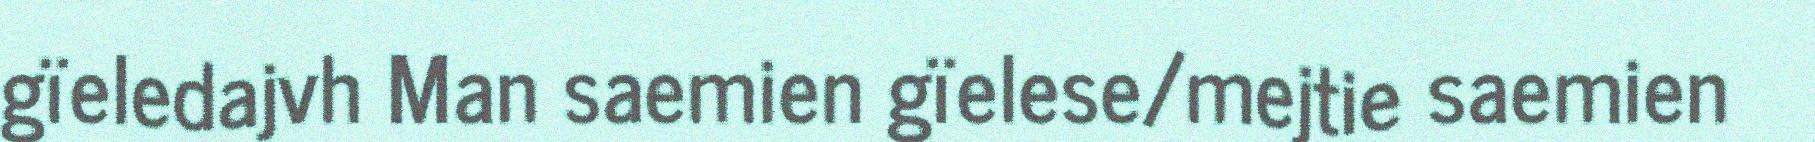
gïeledajvh Man saemien gïelese/mejtie saemien